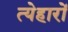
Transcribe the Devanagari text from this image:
त्येहारों